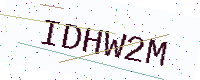
Text: IDHW2M